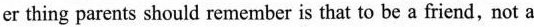
er thing parents should remember is that to be a friend,not a